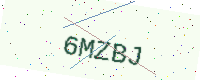
Text: 6MZBJ